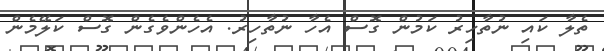
ތެލާ ކައި ނުތާހިރު ކަމުން ގޮސް އެހާ ނުތާހިރު. އެހެންވެގެން ގޮސް ކަލޭމެން